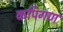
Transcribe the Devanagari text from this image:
कपिगण